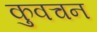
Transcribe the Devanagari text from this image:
कुवचन